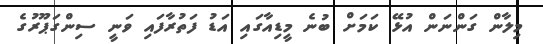
މިލާން ގަންނަން އުޅޭ ކަމަށް ބުނެ މީޑިއާގައި އަޑު ފަތުރާފައި ވަނީ ސިންގަޕޫރުގެ